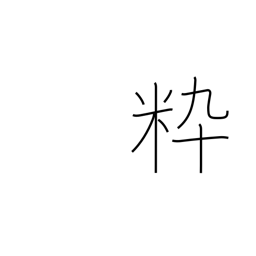
Meaning: chic